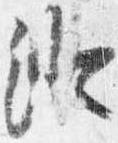
澄